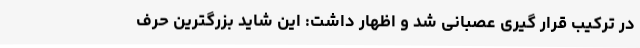
در ترکیب قرار گیری عصبانی شد و اظهار داشت: این شاید بزرگترین حرف